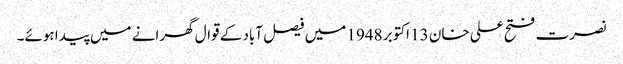
نصرت فتح علی خان 13 اکتوبر 1948 میں فیصل آباد کے قوال گھرانے میں پیدا ہوئے۔